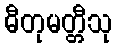
ဓီတုမတ္တီသု